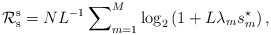
\begin{align*}\mathcal{R}_{\rm{s}}^{\rm{s}}={N}{L^{-1}}\sum\nolimits_{m=1}^{M}\log_2\left(1+L\lambda_ms_m^{\star}\right),\end{align*}